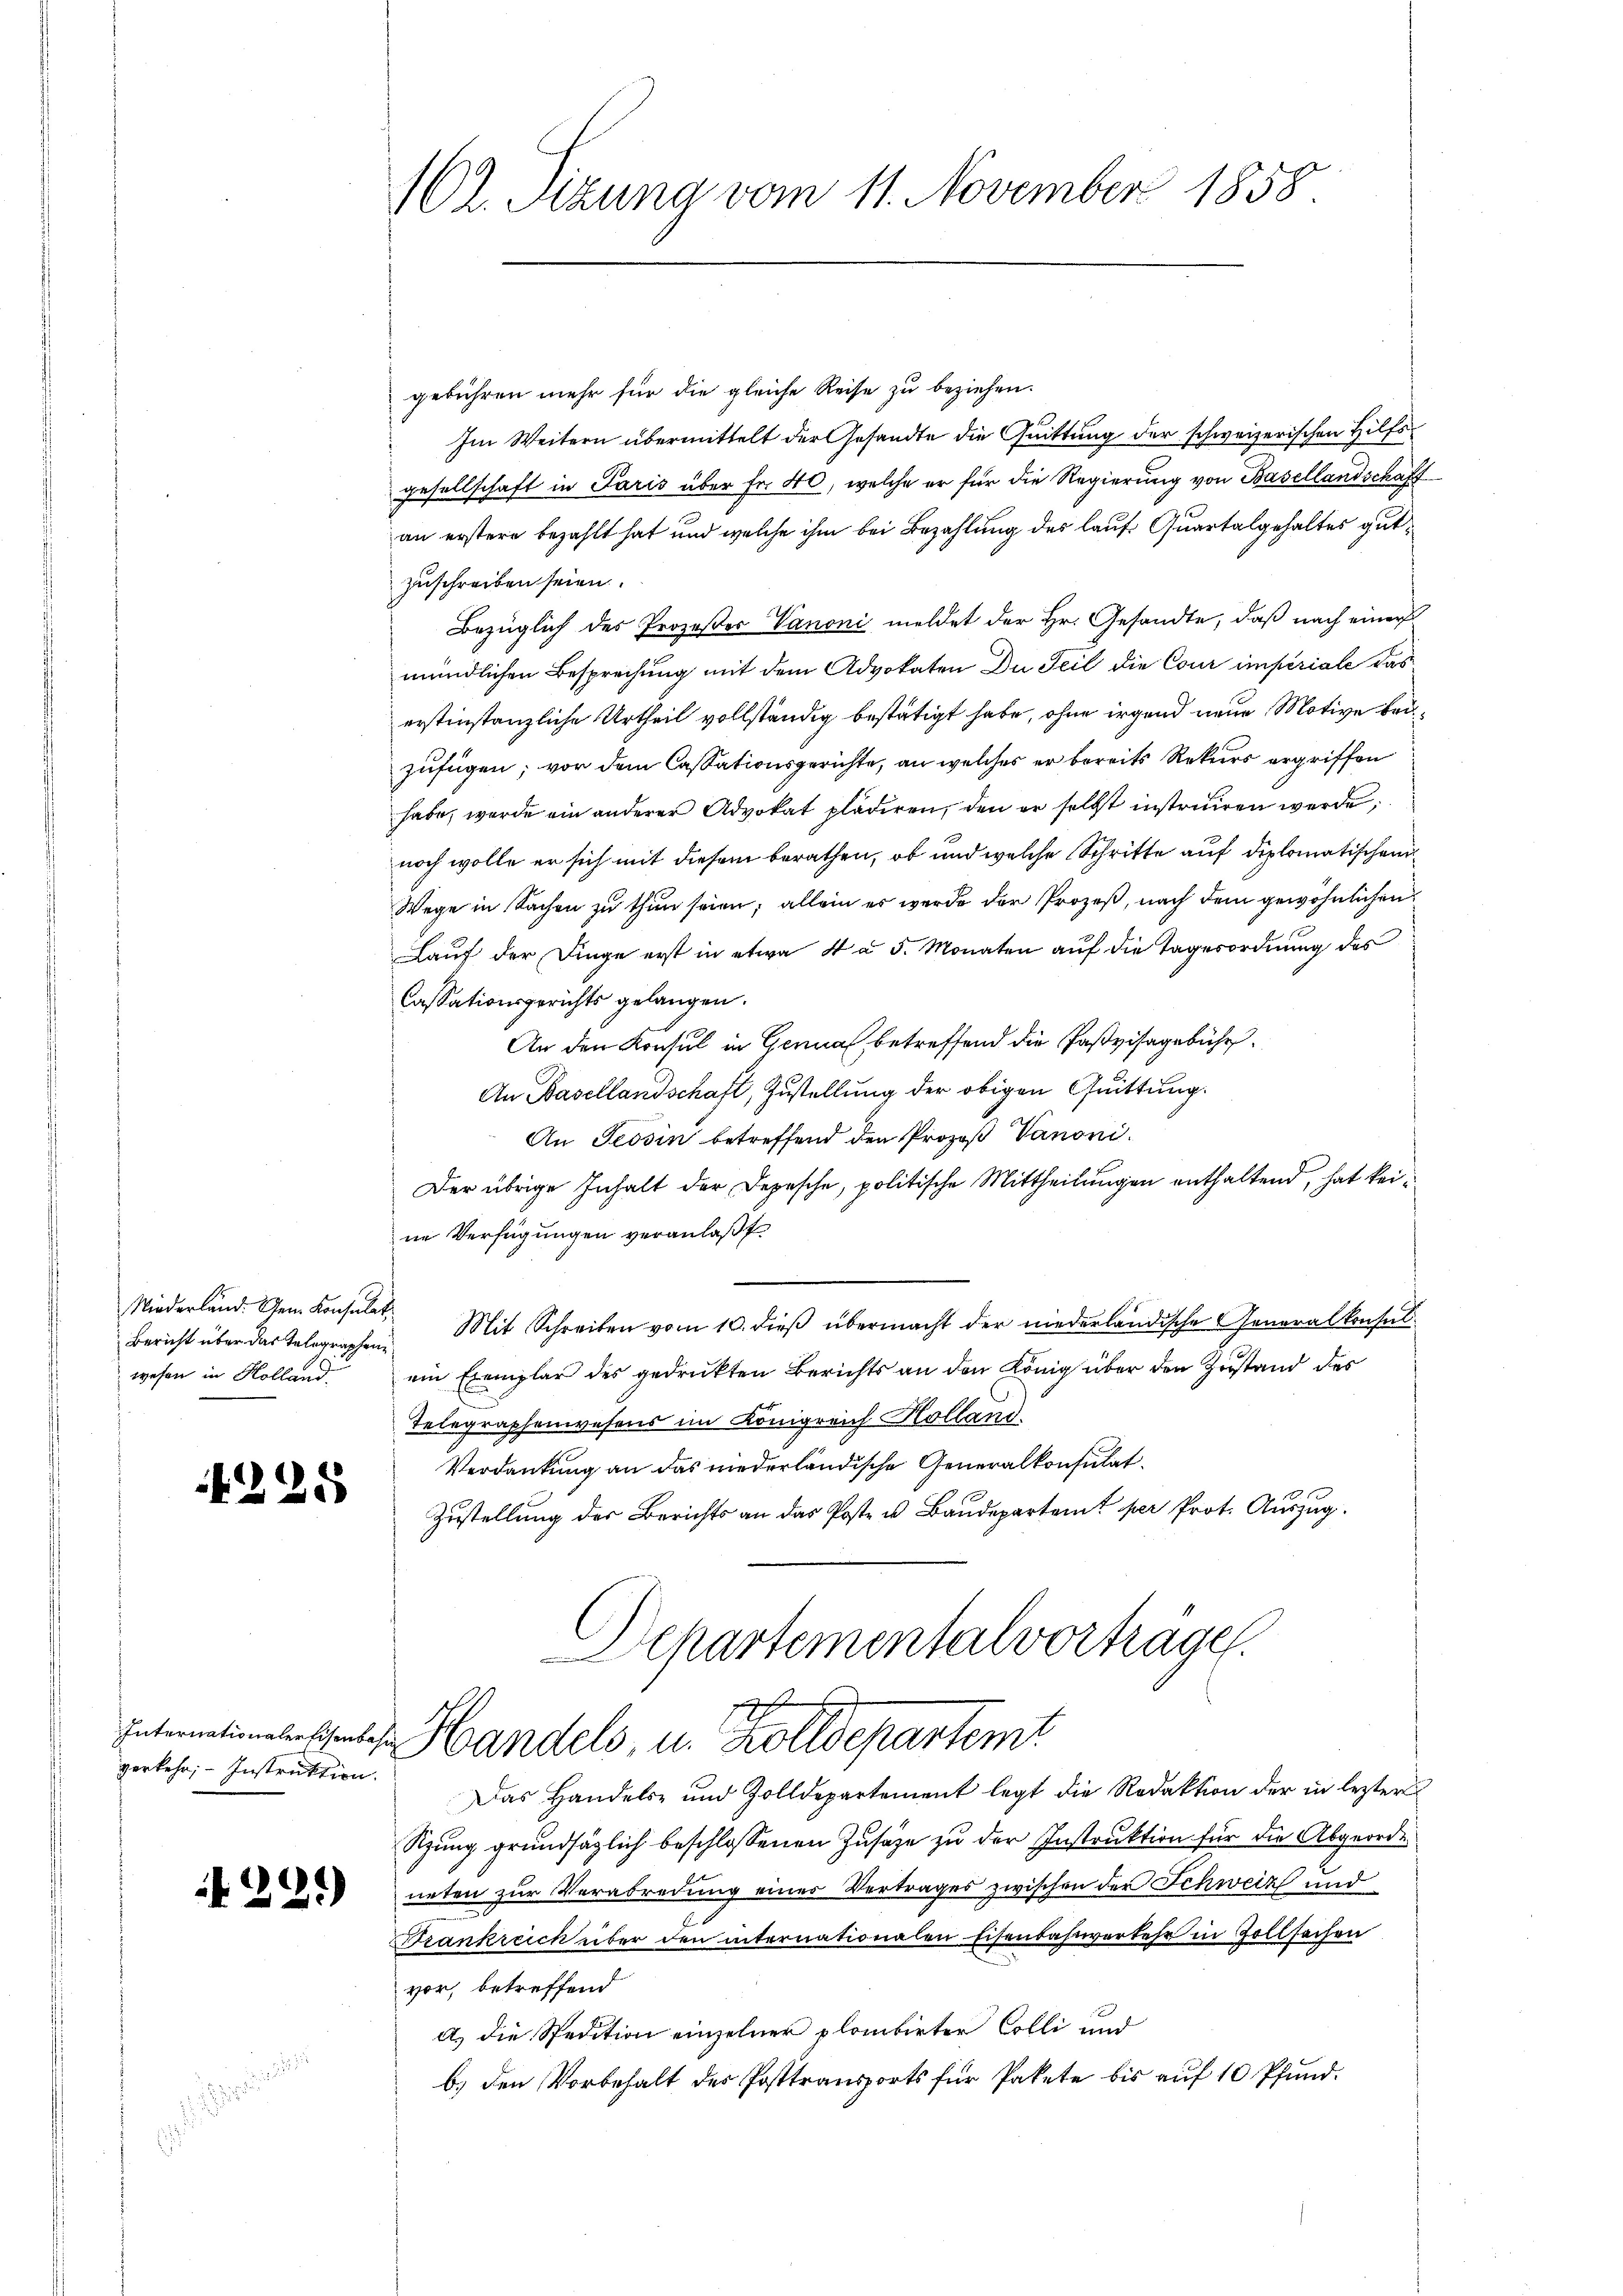
Niederland. Gem. Konsulat
Bericht über das Telegraphen
wesen in Holland

225

verkehr, Instruktion.

291)

(Ct. Sitzung vom 11. November 1858.

gebühren mehr für die gleiche Reise zu beziehen.
Im Weitern übermittelt der Gesandte die Quittung der schweizerischen Hilfsgesellschaft in Paris über fr. 40, welche er für die Regierung von Basellandschaft
an erstere bezahlt hat und welche ihm bei Bezahlung des lauf Quartalgehaltes gutzuschreiben seien.
Bezüglich des Prozeßer Vanoni meldet der Hr. Gesandte, daß nach einer
mündlichen Besprechung mit dem Advokaten Du Teil die Cour imperiale das
erstinstanzliche Urtheil vollständig bestätigt habe, ohne irgend neue Motive beizufügen; vor dem Cassationsgerichte, an welches er bereits Rekurs ergriffen
habe, werde ein anderer Advokat plädiren, den er selbst instruiren werde;
noch wolle er sich mit diesem berathen, ob und welche Schritte auf diplomatischen
Wege in Sachen zu thun seien; allein es werde der Prozeß, nach dem gewöhnlichen
Lauf der Dinge erst in etwa 4 à 5. Monaten auf die Tagesordnung des
Cassationsgerichts gelangen.
An den Konsul in Genua, betreffend die Paßvisagebühr.
An Basellandschaft, Zustellung der obigen Quittung.
An Tessin betreffend den Prozeß Vanoni¬
Der übrige Inhalt der Depesche, politische Mittheilungen enthaltend, hat keine Verfügungen veranlaßt
Mit Schreiben vom 10. dieß übermacht der niederländische Generalkonsul
ein Exemplar des gedruckten Berichts an den König über den Zustand des
Telegraphenwesens im Königreich Holland.
Verdankung an das niederländische Generalkonsulat
Zustellung der Berichts an das Poste u Baudepartent per Prot. Auszug.
Aepartementalvorträgen.

10
Internationalerschentes Handels, u. Zolldepartem

Das Handels- und Zolldepartement legt die Redaktion der in lezter
Szŭng grundsätzlich beschlossenen Zusätze zu der Instruktion für die Abgeorde
neten zur Verabredung einer Vertrages zwischen der Schweiz und
Frankreich über den internationalen Eisenbahnverkehr in Zollsachen
vor, betreffend
A. die Spedition einzelner plombirter Colli und
b) den Vorbehalt des Posttransports für Pakete bis auf 10 Pfund.